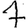
Digit: 7